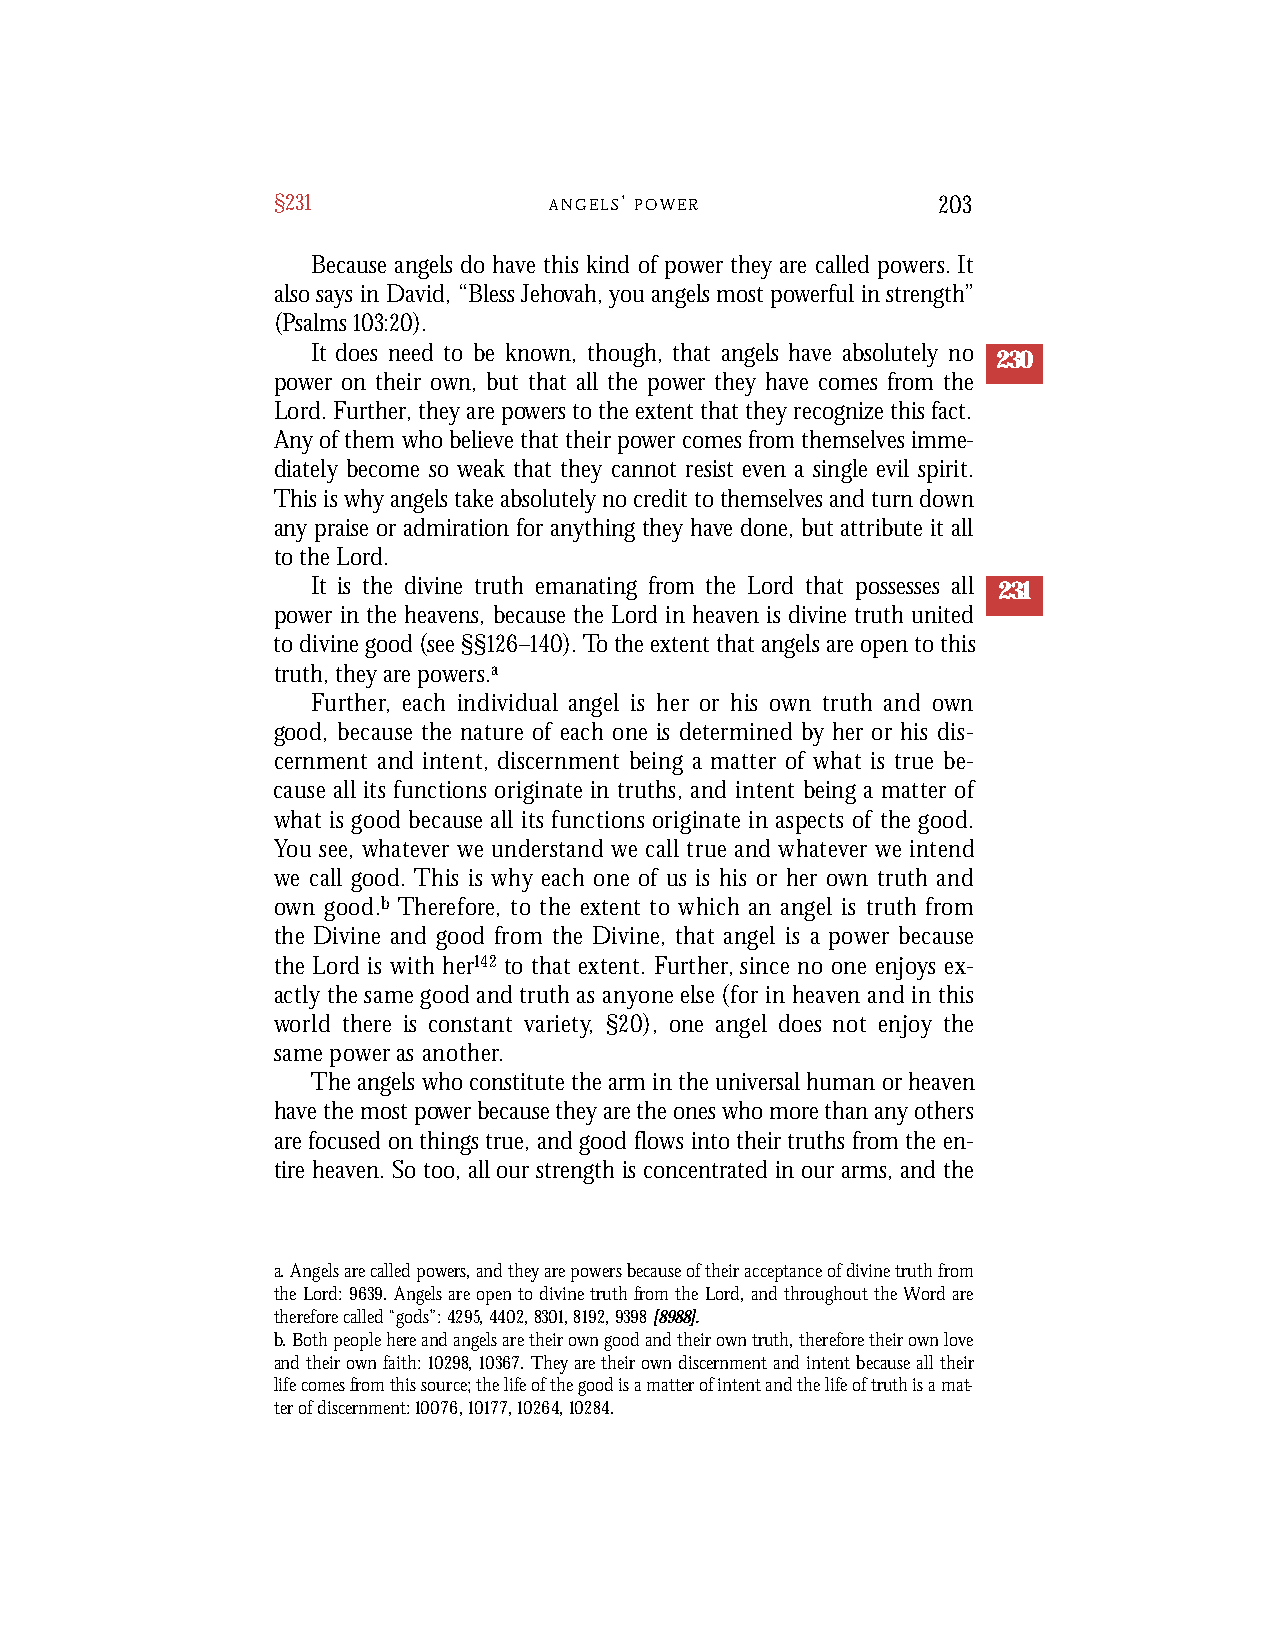
§231              A N G E L S’ P O W E R    203
 Because angels do have this kind of power they are called powers. It
 also says in David, “Bless Jehovah, you angels most powerful in strength”
 (Psalms 103:20).
 It does need to be known, though, that angels have absolutely no
 230
 power on their own, but that all the power they have comes from the
 Lord. Further, they are powers to the extent that they recognize this fact.
 Any of them who believe that their power comes from themselves imme-
 diately become so weak that they cannot resist even a single evil spirit.
 This is why angels take absolutely no credit to themselves and turn down
 any praise or admiration for anything they have done, but attribute it all
 to the Lord.
 It is the divine truth emanating from the Lord that possesses all 231
 power in the heavens, because the Lord in heaven is divine truth united
 to divine good (see §§126–140). To the extent that angels are open to this
 truth, they are powers.a
 Fu rt h e r, each individual angel is her or his own truth and ow n
 good, because the nature of each one is determined by her or his dis-
 cernment and intent, discernment being a matter of what is true be-
 cause all its functions originate in truths, and intent being a matter of
 what is good because all its functions originate in aspects of the good.
 You see, whatever we understand we call true and whatever we intend
 we call good. This is why each one of us is his or her own truth and
 own good.b T h e re f o re, to the extent to which an angel is truth fro m
 the Divine and good from the Divine, that angel is a power because
 the Lord is with her1 4 2 to that extent. Fu rt h e r, since no one enjoys ex-
 actly the same good and truth as anyone else (for in heaven and in this
 world there is constant va r i e t y, §2 0), one angel does not enjoy the
 same power as another.
 The angels who constitute the arm in the universal human or heaven
 have the most power because they are the ones who more than any others
 are focused on things true, and good flows into their truths from the en-
 tire heaven. So too, all our strength is concentrated in our arms, and the
 a. Angels are called powers, and they are powers because of their acceptance of divine truth from
 the Lord: 9639. Angels are open to divine truth from the Lord, and throughout the Word are
 therefore called “gods”: 4295, 4402, 8301, 8192, 9398[8988].
 b. Both people here and angels are their own good and their own truth, therefore their own love
 and their own faith: 10298,10367. They are their own discernment and intent because all their
 life comes from this source; the life of the good is a matter of intent and the life of truth is a mat-
 ter of discernment: 10076, 10177, 10264, 10284.